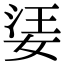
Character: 𡝝